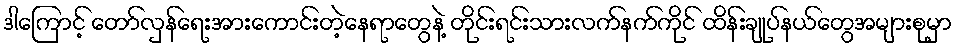
ဒါကြောင့် တော်လှန်ရေးအားကောင်းတဲ့နေရာတွေနဲ့ တိုင်းရင်းသားလက်နက်ကိုင် ထိန်းချုပ်နယ်တွေအများစုမှာ